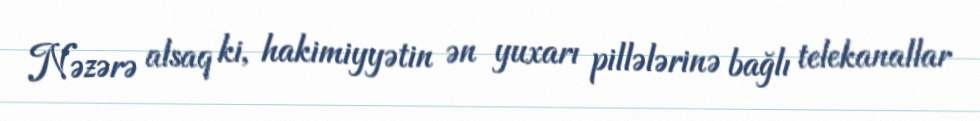
Nəzərə alsaq ki, hakimiyyətin ən yuxarı pillələrinə bağlı telekanallar